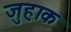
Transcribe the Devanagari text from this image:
जुहाक